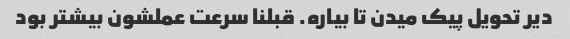
دیر تحویل پیک میدن تا بیاره. قبلنا سرعت عملشون بیشتر بود